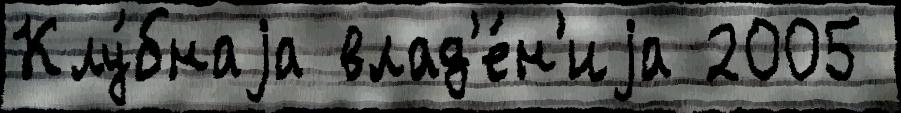
Клу́бнаjа влад'е́н'иjа 2005